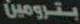
بترومين